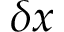
\delta x